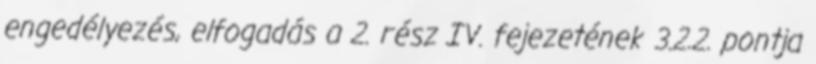
engedélyezés, elfogadás a 2. rész IV. fejezetének 3.2.2. pontja